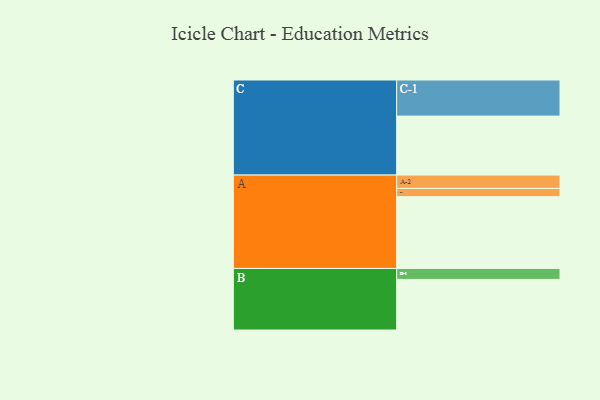
{"axis": {"x": "Segment", "y": "Value"}, "legend": ["", "A", "B", "C"], "data": [{"x": "A", "y": 559, "type": ""}, {"x": "B", "y": 394, "type": ""}, {"x": "C", "y": 459, "type": ""}, {"x": "A-1", "y": 64, "type": "A"}, {"x": "A-2", "y": 104, "type": "A"}, {"x": "B-1", "y": 85, "type": "B"}, {"x": "C-1", "y": 281, "type": "C"}]}